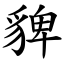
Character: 貏